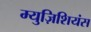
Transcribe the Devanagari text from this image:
म्युज़िशियंस